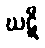
ဃဋီ